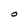
Character: O